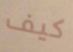
كيف